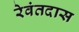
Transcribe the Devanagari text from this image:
रेवंतदास